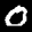
Label: 0